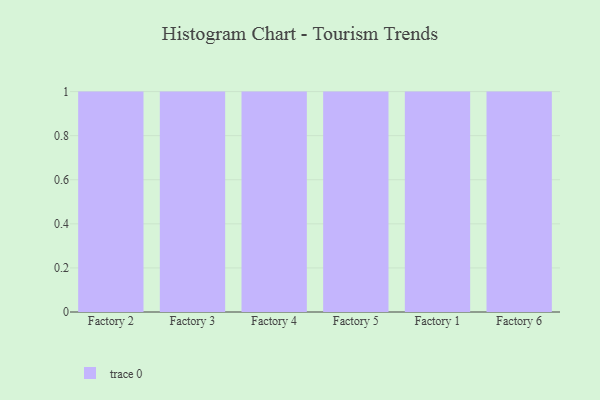
{"axis": {"x": "Factory", "y": "Latency (ms)"}, "legend": [""], "data": [{"x": "Factory 2", "y": 2, "type": ""}, {"x": "Factory 3", "y": 79, "type": ""}, {"x": "Factory 4", "y": 95, "type": ""}, {"x": "Factory 5", "y": 28, "type": ""}, {"x": "Factory 1", "y": 39, "type": ""}, {"x": "Factory 6", "y": 87, "type": ""}]}